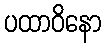
ပထာဝိနော